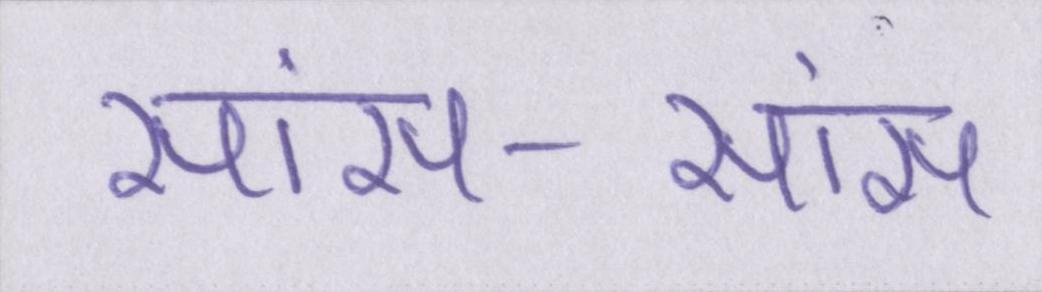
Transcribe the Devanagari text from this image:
सांस-सांस